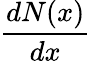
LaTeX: \frac{dN(x)}{dx}